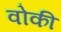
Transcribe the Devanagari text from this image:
वोकी